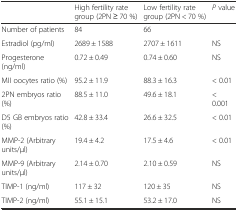
<table><thead><tr><td></td><td><b>High fertility rate group (2PN ≥ 70 %)</b></td><td><b>Low fertility rate group (2PN &lt; 70 %)</b></td><td><b><i>P</i> value</b></td></tr></thead><tbody><tr><td>Number of patients</td><td>84</td><td>66</td><td></td></tr><tr><td>Estradiol (pg/ml)</td><td>2689 ± 1588</td><td>2707 ± 1611</td><td>NS</td></tr><tr><td>Progesterone (ng/ml)</td><td>0.72 ± 0.49</td><td>0.74 ± 0.60</td><td>NS</td></tr><tr><td>MII oocytes ratio (%)</td><td>95.2 ± 11.9</td><td>88.3 ± 16.3</td><td>&lt; 0.01</td></tr><tr><td>2PN embryos ratio (%)</td><td>88.5 ± 11.0</td><td>49.6 ± 18.1</td><td>&lt; 0.001</td></tr><tr><td>D5 GB embryos ratio (%)</td><td>42.8 ± 33.4</td><td>26.6 ± 32.5</td><td>&lt; 0.01</td></tr><tr><td>MMP-2 (Arbitrary units/μl)</td><td>19.4 ± 4.2</td><td>17.5 ± 4.6</td><td>&lt; 0.01</td></tr><tr><td>MMP-9 (Arbitrary units/μl)</td><td>2.14 ± 0.70</td><td>2.10 ± 0.59</td><td>NS</td></tr><tr><td>TIMP-1 (ng/ml)</td><td>117 ± 32</td><td>120 ± 35</td><td>NS</td></tr><tr><td>TIMP-2 (ng/ml)</td><td>55.1 ± 15.1</td><td>53.2 ± 17.0</td><td>NS</td></tr></tbody></table>